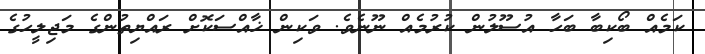
ކަމެއް ބޯކިބާ ބަހާ އުސޫލުން ކުރުމެއް ނޫނެވެ. ވަކިން ޚާއްސަކޮށް ރައްޔިތުންގެ މަޖިލީހުގެ